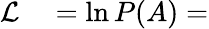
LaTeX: \begin{array}{rl}{\mathcal{L}}&{{}=\ln P(A)=}\end{array}